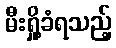
မီးရှို့ခံရသည့်